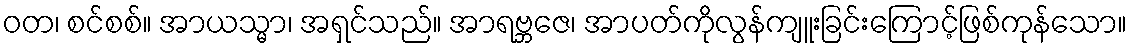
ဝတ၊ စင်စစ်။ အာယသ္မာ၊ အရှင်သည်။ အာရဗ္ဘဇေ၊ အာပတ်ကိုလွန်ကျူးခြင်းကြောင့်ဖြစ်ကုန်သော။